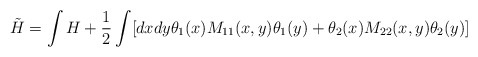
\begin{align*}\tilde H = \int H + {1\over2}\int[ dxdy\theta_1(x)M_{11}(x,y)\theta_1(y)+ \theta_2(x)M_{22}(x,y)\theta_2(y)]\end{align*}